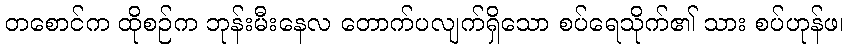
တစောင်က ထိုစဉ်က ဘုန်းမီးနေလ တောက်ပလျက်ရှိသော စပ်ရေသိုက်၏ သား စပ်ဟုန်ဖ၊